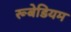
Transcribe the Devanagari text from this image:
रूबेडियम